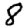
Digit: 8